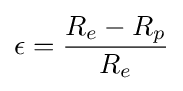
\epsilon ={\frac {R_{e}-R_{p}}{R_{e}}}